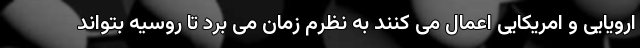
ارویایی و امریکایی اعمال می کنند به نظرم زمان می برد تا روسیه بتواند